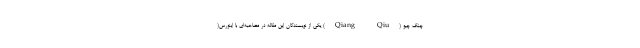
چنگ چیو (Qiang Qiu) یکی از نویسندگان این مقاله در مصاحبه‌ای با اینورس(